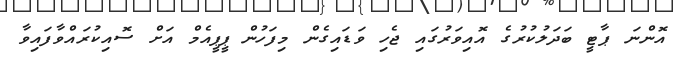
އޮންނަ ޕާޓީ ބަދަލުކުރުގެ އޮއިވަރުގައި ޖެހި ވަޑައިގެން މިފަހުން ޕީޕީއެމް އަށް ސޮއިކުރައްވާފައިވާ